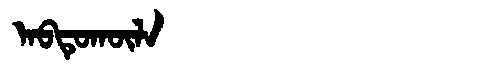
Manchu: ᠠᠪᡨᡠᡴᡡᠯᠠ
Romanization: ABTUKŪLA